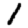
Digit: 1